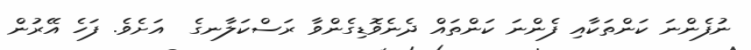
ނުފެންނަ ކަންތަކާއި ފެންނަ ކަންތައް ދެނެވޮޑިގެންވާ ރަސްކަލާނގެ  އަށެވެ. ފަހެ އޭރުން